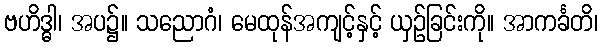
ဗဟိဒ္ဓါ၊ အပ၌။ သညောဂံ၊ မေထုန်အကျင့်နှင့် ယှဉ်ခြင်းကို။ အာကင်္ခတိ၊